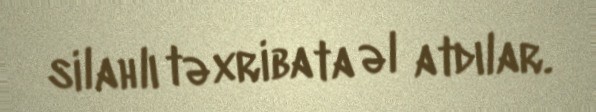
silahlı təxribata əl atdılar.